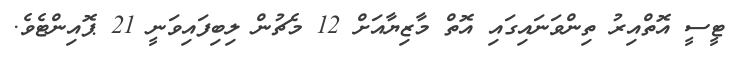
ޓީސީ އޮތްއިރު ތިންވަނައިގައި އޮތް މާޒިޔާއަށް 12 މެޗުން ލިބިފައިވަނީ 21 ޕޮއިންޓެވެ.